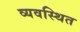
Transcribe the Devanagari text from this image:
व्‍यवस्‍िथत